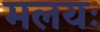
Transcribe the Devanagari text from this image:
मलयः